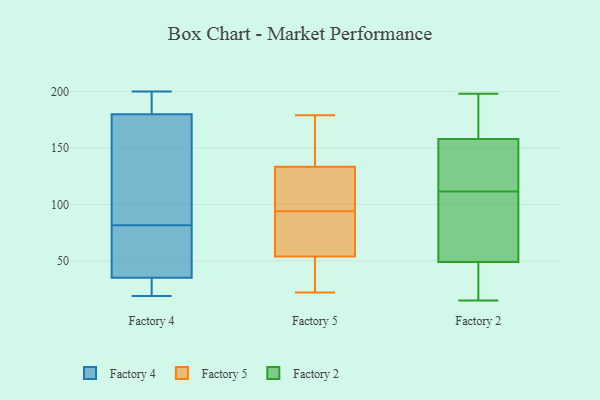
{"axis": {"x": "Active Users", "y": "Value"}, "legend": ["Factory 2", "Factory 4", "Factory 5"], "data": [{"x": "", "y": 35, "type": "Factory 4"}, {"x": "", "y": 77, "type": "Factory 4"}, {"x": "", "y": 56, "type": "Factory 4"}, {"x": "", "y": 143, "type": "Factory 4"}, {"x": "", "y": 28, "type": "Factory 4"}, {"x": "", "y": 200, "type": "Factory 4"}, {"x": "", "y": 86, "type": "Factory 4"}, {"x": "", "y": 180, "type": "Factory 4"}, {"x": "", "y": 192, "type": "Factory 4"}, {"x": "", "y": 19, "type": "Factory 4"}, {"x": "", "y": 103, "type": "Factory 5"}, {"x": "", "y": 146, "type": "Factory 5"}, {"x": "", "y": 22, "type": "Factory 5"}, {"x": "", "y": 179, "type": "Factory 5"}, {"x": "", "y": 96, "type": "Factory 5"}, {"x": "", "y": 92, "type": "Factory 5"}, {"x": "", "y": 53, "type": "Factory 5"}, {"x": "", "y": 55, "type": "Factory 5"}, {"x": "", "y": 53, "type": "Factory 5"}, {"x": "", "y": 121, "type": "Factory 5"}, {"x": "", "y": 154, "type": "Factory 5"}, {"x": "", "y": 58, "type": "Factory 5"}, {"x": "", "y": 128, "type": "Factory 2"}, {"x": "", "y": 170, "type": "Factory 2"}, {"x": "", "y": 36, "type": "Factory 2"}, {"x": "", "y": 198, "type": "Factory 2"}, {"x": "", "y": 16, "type": "Factory 2"}, {"x": "", "y": 99, "type": "Factory 2"}, {"x": "", "y": 46, "type": "Factory 2"}, {"x": "", "y": 15, "type": "Factory 2"}, {"x": "", "y": 121, "type": "Factory 2"}, {"x": "", "y": 149, "type": "Factory 2"}, {"x": "", "y": 105, "type": "Factory 2"}, {"x": "", "y": 197, "type": "Factory 2"}, {"x": "", "y": 88, "type": "Factory 2"}, {"x": "", "y": 75, "type": "Factory 2"}, {"x": "", "y": 52, "type": "Factory 2"}, {"x": "", "y": 167, "type": "Factory 2"}, {"x": "", "y": 118, "type": "Factory 2"}, {"x": "", "y": 19, "type": "Factory 2"}, {"x": "", "y": 167, "type": "Factory 2"}, {"x": "", "y": 133, "type": "Factory 2"}]}